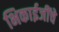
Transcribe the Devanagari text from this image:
भिकाईजींचे